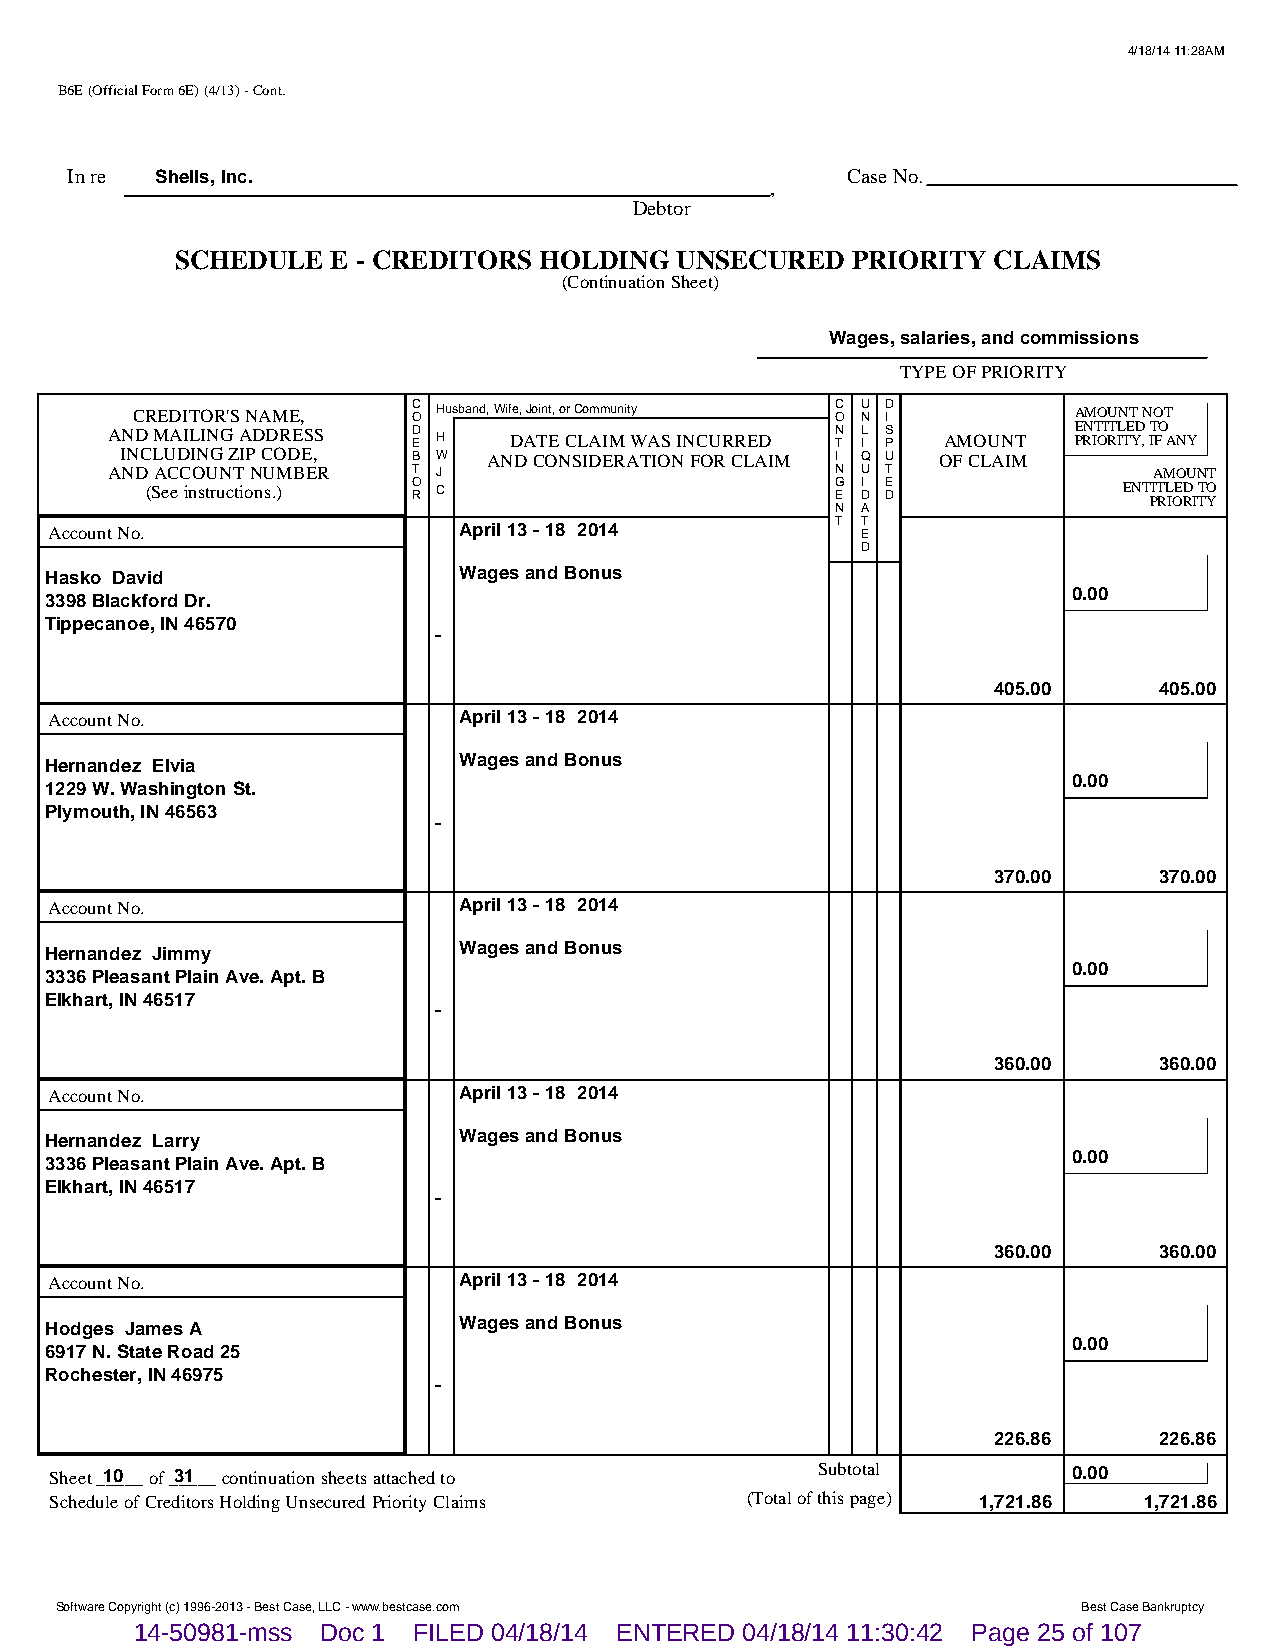
4/18/14 11:28AM
 B6E (Official Form 6E) (4/13) - Cont.
 In re Shells, Inc.                                  Case No.
 ,
 Debtor
 SCHEDULE  E - CREDITORS HOLDING  UNSECURED  PRIORITY  CLAIMS
 (Continuation Sheet)
 Wages, salaries, and commissions
 TYPE OF PRIORITY
 CREDITOR'S NAME,  C O Husband, Wife, Joint, or Community C O U N D I AMOUNT NOT
 AND MAILING ADDRESS D E H  DATE CLAIM WAS INCURRED N T L I S P AMOUNT E PRN IT OI RT IL TE YD , IT FO ANY
 INCLUDING ZIP CODE, B W AND CONSIDERATION FOR CLAIM I Q U OF CLAIM
 AND ACCOUNT NUMBER  T J                         N U T                AMOUNT
 (See instructions.) O R C                    G E I D E D        ENT PIT RL IOE RD I TT YO
 N A
 Account No.                April 13 - 18 2014       T T E
 D
 Hasko David                Wages and Bonus
 0.00
 3398 Blackford Dr.
 Tippecanoe, IN 46570
 -
 405.00     405.00
 Account No.                April 13 - 18 2014
 Hernandez Elvia            Wages and Bonus
 0.00
 1229 W. Washington St.
 Plymouth, IN 46563
 -
 370.00     370.00
 Account No.                April 13 - 18 2014
 Hernandez Jimmy            Wages and Bonus
 0.00
 3336 Pleasant Plain Ave. Apt. B
 Elkhart, IN 46517
 -
 360.00     360.00
 Account No.                April 13 - 18 2014
 Hernandez Larry            Wages and Bonus
 0.00
 3336 Pleasant Plain Ave. Apt. B
 Elkhart, IN 46517
 -
 360.00     360.00
 Account No.                April 13 - 18 2014
 Hodges James A             Wages and Bonus
 0.00
 6917 N. State Road 25
 Rochester, IN 46975
 -
 226.86     226.86
 Sheet _1_0___ of _3_1___ continuation sheets attached to Subtotal   0.00
 Schedule of Creditors Holding Unsecured Priority Claims (Total of this page) 1,721.86 1,721.86
 Software Copyright (c) 1996-2013 - Best Case, LLC - www.bestcase.com Best Case Bankruptcy
 14-50981-mss Doc 1 FILED 04/18/14 ENTERED 04/18/14 11:30:42 Page 25 of 107